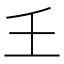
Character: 𡈼